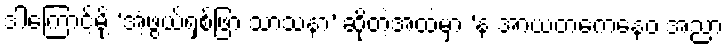
ဒါကြောင့်မို့ ‘အံ့ဖွယ်ရှစ်ဖြာ သာသနာ’ ဆိုတဲ့အထဲမှာ ‘န အာယတကေနေဝ အညာ